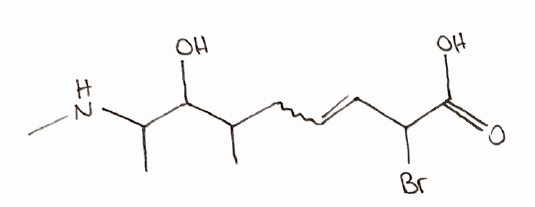
Simplified molecular-input line-entry system (SMILES) notation of the given molecule:
CC(CC=CC(C(=O)O)Br)C(C(C)NC)O